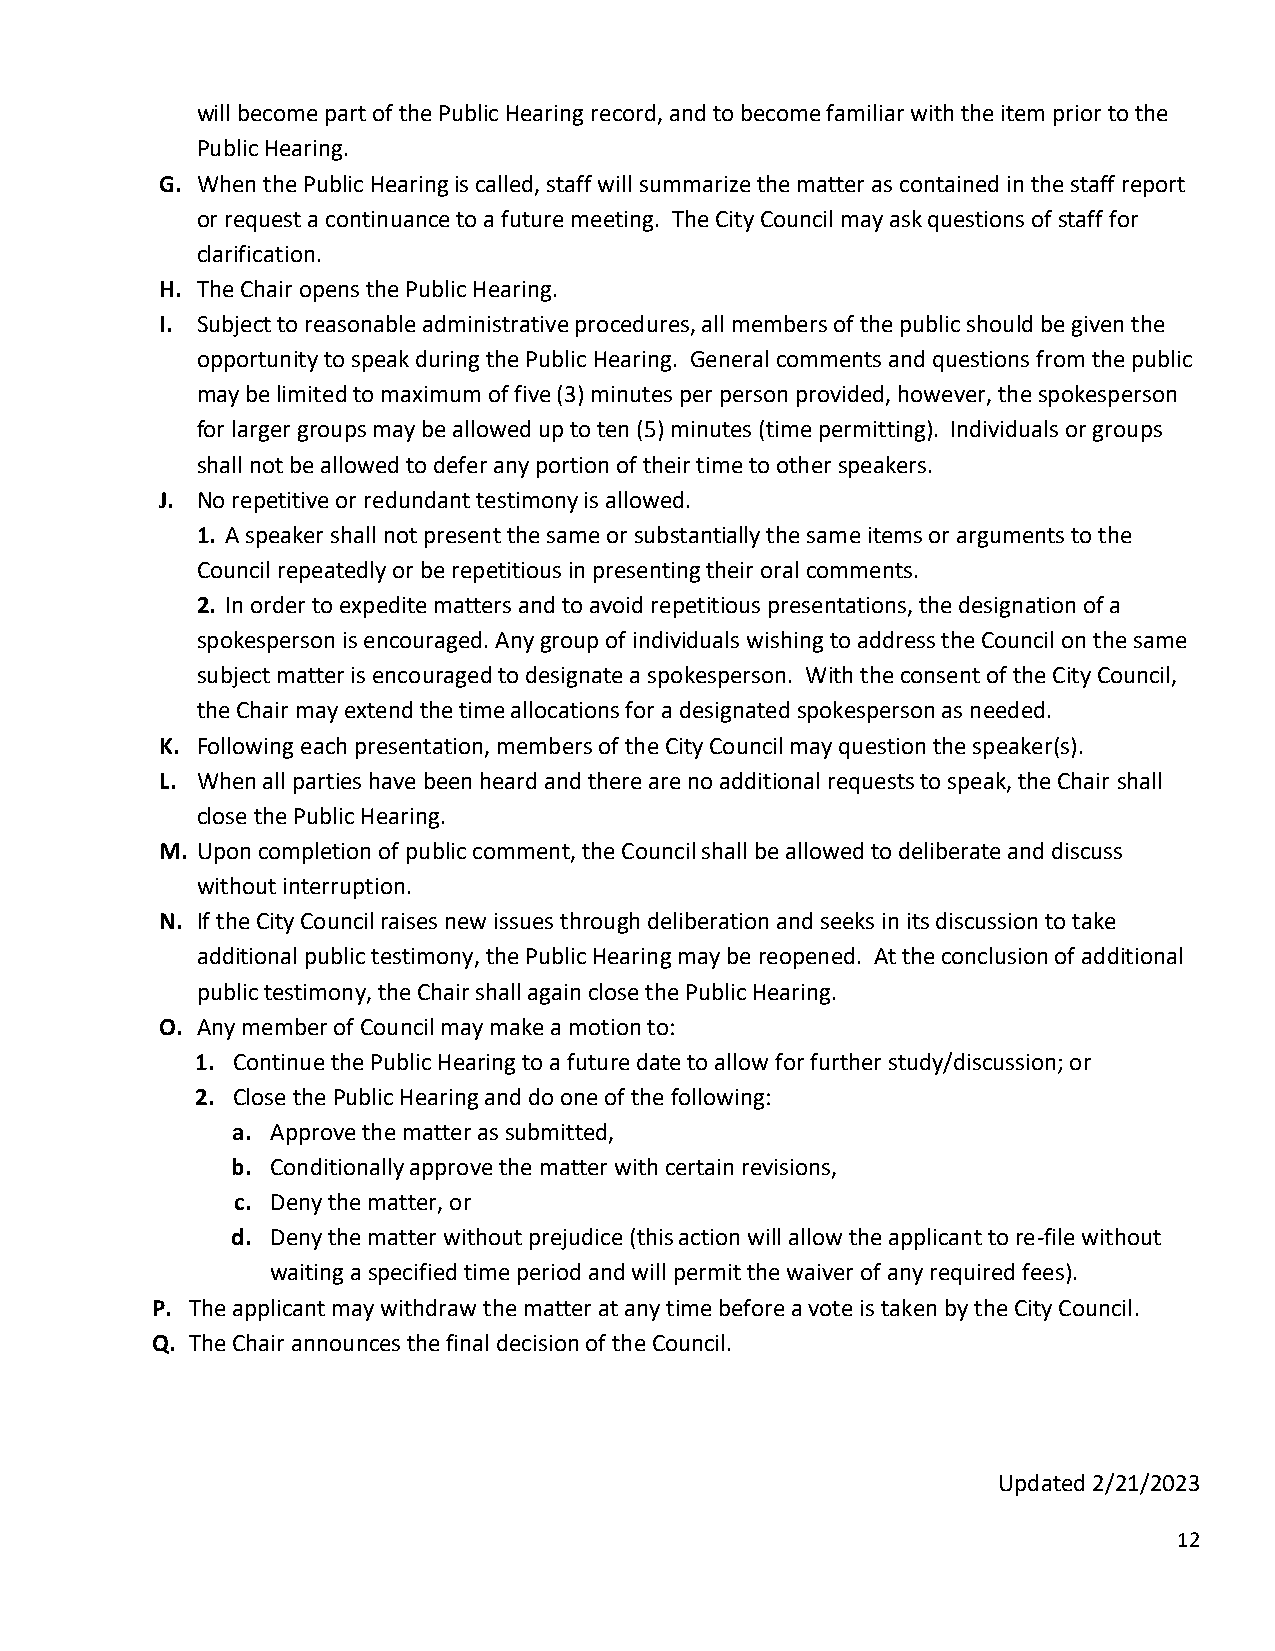
will become part of the Public Hearing record, and to become familiar with the item prior to the
 Public Hearing.
 G. When the Public Hearing is called, staff will summarize the matter as contained in the staff report
 or request a continuance to a future meeting. The City Council may ask questions of staff for
 clarification.
 H. The Chair opens the Public Hearing.
 I. Subject to reasonable administrative procedures, all members of the public should be given the
 opportunity to speak during the Public Hearing. General comments and questions from the public
 may be limited to maximum of five (3) minutes per person provided, however, the spokesperson
 for larger groups may be allowed up to ten (5) minutes (time permitting). Individuals or groups
 shall not be allowed to defer any portion of their time to other speakers.
 J. No repetitive or redundant testimony is allowed.
 1. A speaker shall not present the same or substantially the same items or arguments to the
 Council repeatedly or be repetitious in presenting their oral comments.
 2. In order to expedite matters and to avoid repetitious presentations, the designation of a
 spokesperson is encouraged. Any group of individuals wishing to address the Council on the same
 subject matter is encouraged to designate a spokesperson. With the consent of the City Council,
 the Chair may extend the time allocations for a designated spokesperson as needed.
 K. Following each presentation, members of the City Council may question the speaker(s).
 L. When all parties have been heard and there are no additional requests to speak, the Chair shall
 close the Public Hearing.
 M. Upon completion of public comment, the Council shall be allowed to deliberate and discuss
 without interruption.
 N. If the City Council raises new issues through deliberation and seeks in its discussion to take
 additional public testimony, the Public Hearing may be reopened. At the conclusion of additional
 public testimony, the Chair shall again close the Public Hearing.
 O. Any member of Council may make a motion to:
 1. Continue the Public Hearing to a future date to allow for further study/discussion; or
 2. Close the Public Hearing and do one of the following:
 a. Approve the matter as submitted,
 b. Conditionally approve the matter with certain revisions,
 c. Deny the matter, or
 d. Deny the matter without prejudice (this action will allow the applicant to re-file without
 waiting a specified time period and will permit the waiver of any required fees).
 P. The applicant may withdraw the matter at any time before a vote is taken by the City Council.
 Q. The Chair announces the final decision of the Council.
 Updated 2/21/2023
 12